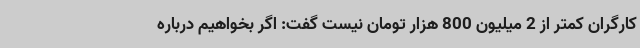
کارگران کمتر از 2 میلیون 800 هزار تومان نیست گفت: اگر بخواهیم درباره